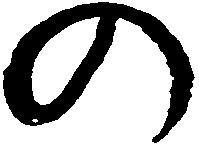
の